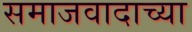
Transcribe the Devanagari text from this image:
समाजवादाच्या